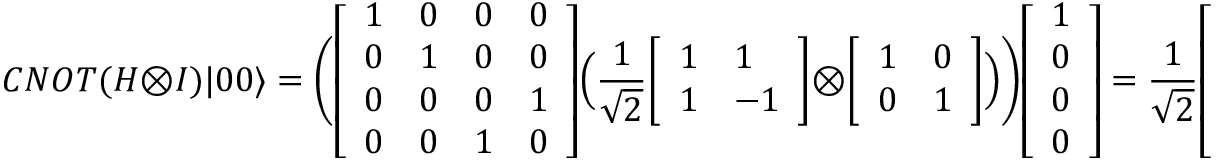
C N O T ( H \otimes I ) | 0 0 \rangle = { \Bigg ( } { \left[ \begin{array} { l l l l } { 1 } & { 0 } & { 0 } & { 0 } \\ { 0 } & { 1 } & { 0 } & { 0 } \\ { 0 } & { 0 } & { 0 } & { 1 } \\ { 0 } & { 0 } & { 1 } & { 0 } \end{array} \right] } { \Big ( } { \frac { 1 } { \sqrt { 2 } } } { \left[ \begin{array} { l l } { 1 } & { 1 } \\ { 1 } & { - 1 } \end{array} \right] } \otimes { \left[ \begin{array} { l l } { 1 } & { 0 } \\ { 0 } & { 1 } \end{array} \right] } { \Big ) } { \Bigg ) } { \left[ \begin{array} { l } { 1 } \\ { 0 } \\ { 0 } \\ { 0 } \end{array} \right] } = { \frac { 1 } { \sqrt { 2 } } } { \left[ \begin{array} { l } { 1 } \\ { 0 } \\ { 0 } \\ { 1 } \end{array} \right] } = { \frac { | 0 0 \rangle + | 1 1 \rangle } { \sqrt { 2 } } }